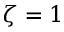
\zeta = 1